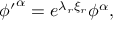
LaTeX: { \phi ^ { \prime } } ^ { \alpha } = e ^ { { \lambda } _ { r } { \xi } _ { r } } { \phi } ^ { \alpha } ,